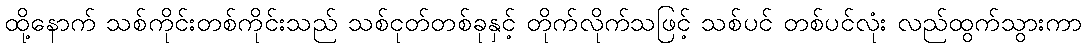
ထို့နောက် သစ်ကိုင်းတစ်ကိုင်းသည် သစ်ငုတ်တစ်ခုနှင့် တိုက်လိုက်သဖြင့် သစ်ပင် တစ်ပင်လုံး လည်ထွက်သွားကာ